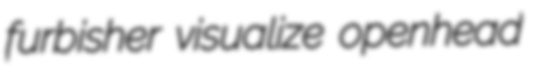
furbisher visualize openhead